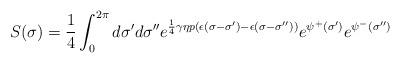
LaTeX: \begin{align*}S(\sigma) = \frac{1}{4}\int^{2\pi}_0 d\sigma' d\sigma''e^{\frac{1}{4} \gamma \eta p \left(\epsilon(\sigma-\sigma') -\epsilon(\sigma-\sigma'')\right)} e^{\psi^+ (\sigma')}e^{\psi^- (\sigma'')}\end{align*}